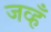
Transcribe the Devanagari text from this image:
जव्हँ